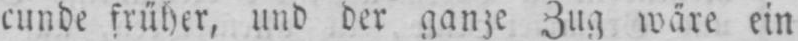
cunde früher, und der ganze Zug wäre ein